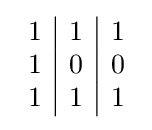
{\begin{array}{l|l|l}1&1&1\\1&0&0\\1&1&1\end{array}}